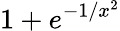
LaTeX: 1+e^{-1/x^{2}}